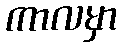
ကာလမှာ